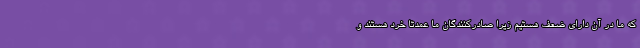
که ما در آن دارای ضعف هستیم زیرا صادرکنندگان ما عمدتا خرد هستند و